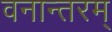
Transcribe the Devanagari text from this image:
वनान्तरम्